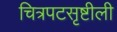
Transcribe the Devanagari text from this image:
चित्रपटसृष्टीली